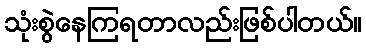
သုံးစွဲနေကြရတာလည်းဖြစ်ပါတယ်။